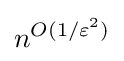
{n^{O(1/\varepsilon ^{2})}}